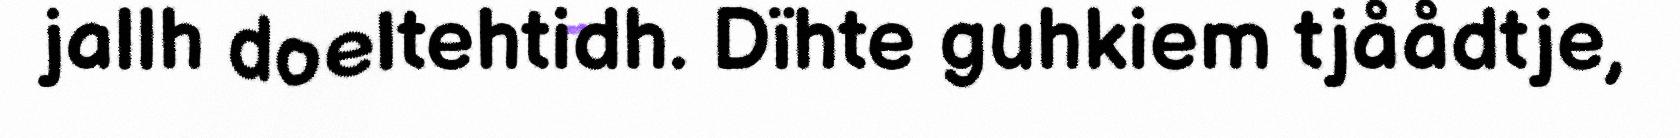
jallh doeltehtidh. Dïhte guhkiem tjåådtje,